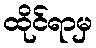
ထိုင်ရာမှ